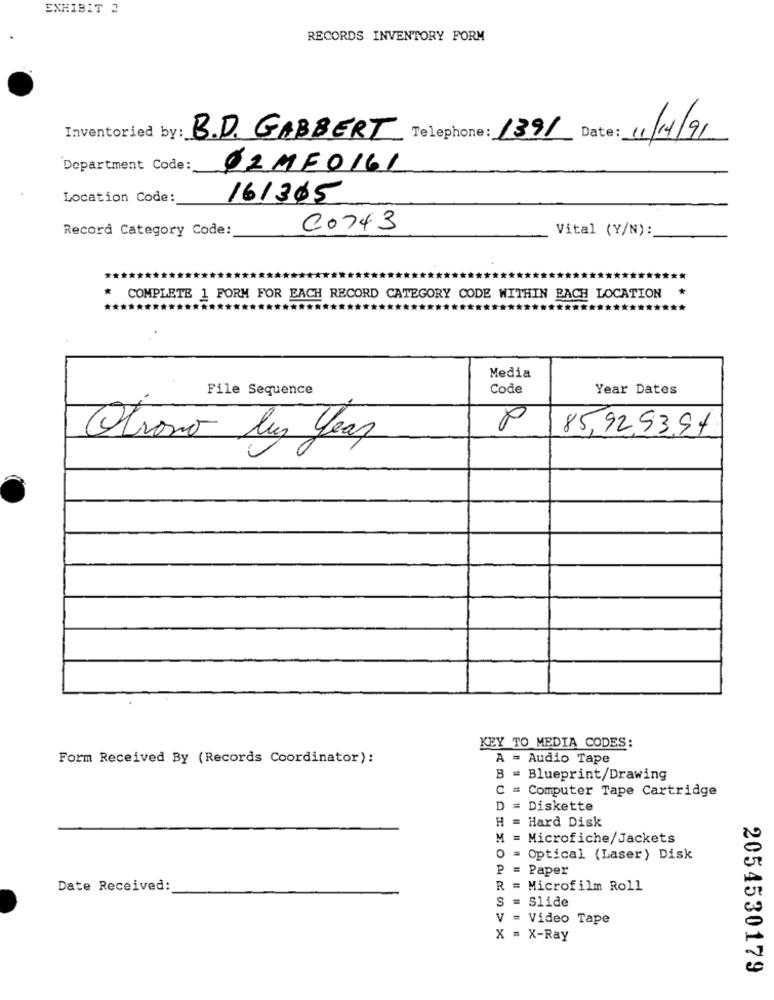
EXHIBIT 2
RECORDS INVENTORY FORM
Inventoried by :_
B.D. GABBERT
Telephone: 1391 Date: 11/14/91
Department Code:
02ME0161
Location Code:
161305
Record Category Code:
C0743
Vital (Y/N):
COMPLETE 1 FORM FOR EACH RECORD CATEGORY CODE WITHIN EACH LOCATION
Media
File Sequence
Code
Year Dates
No
85,92,53,94
Otrono luz year
KEY TO MEDIA CODES:
Form Received By (Records Coordinator):
A = Audio Tape
B = Blueprint/Drawing
C = Computer Tape Cartridge
D = Diskette
H
Hard Disk
M = Microfiche/Jackets
Optical (Laser) Disk
P =
Paper
Date Received:
Microfilm Roll
S .
Slide
V .
Video Tape
X = X-Ray
2054530179